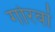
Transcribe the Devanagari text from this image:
गोरवां